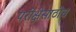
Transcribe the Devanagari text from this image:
परीक्षेसाठीच